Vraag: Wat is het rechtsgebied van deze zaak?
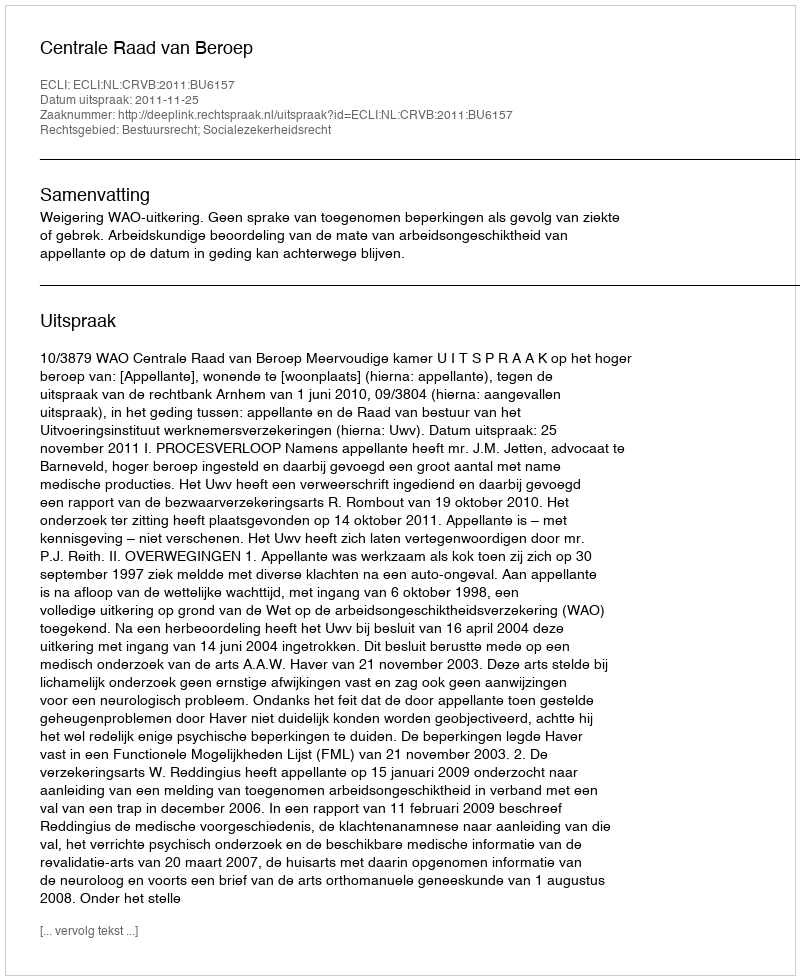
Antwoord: Bestuursrecht; Socialezekerheidsrecht